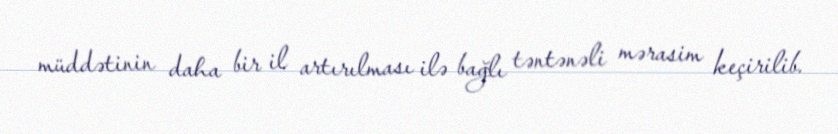
müddətinin daha bir il artırılması ilə bağlı təntənəli mərasim keçirilib.